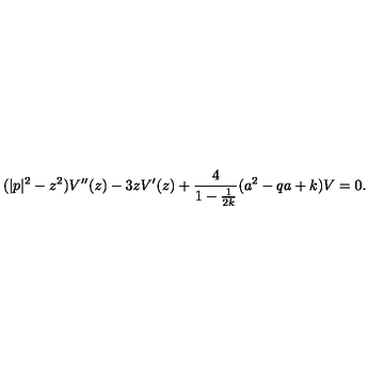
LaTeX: ( | p | ^ { 2 } - z ^ { 2 } ) V ^ { \prime \prime } ( z ) - 3 z V ^ { \prime } ( z ) + \frac { 4 } { 1 - \frac { 1 } { 2 k } } ( a ^ { 2 } - q a + k ) V = 0 .